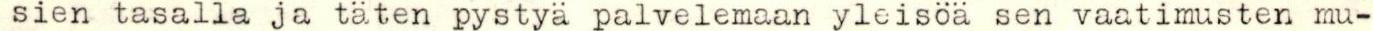
sien tasalla ja täten pystyä palvelemaan yleisöä sen vaatimusten mu-